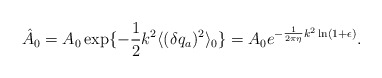
\begin{align*}\hat{A}_0=A_0\exp\{-\frac{1}{2}k^2 \langle (\delta q_a)^2 \rangle_0 \}=A_0e^{-\frac{1}{2\pi\eta}k^2\ln(1+\epsilon)}.\end{align*}